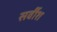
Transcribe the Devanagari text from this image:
सर्वीश